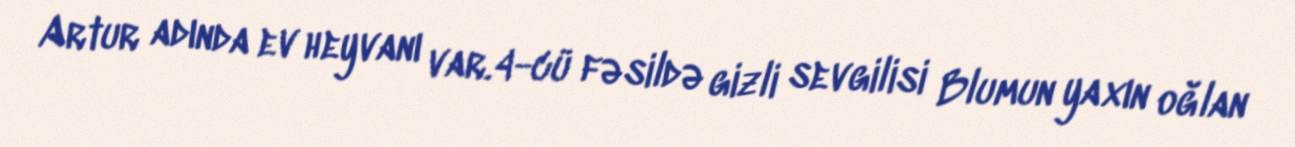
Artur adında ev heyvanı var.4-cü fəsildə gizli sevgilisi Blumun yaxın oğlan